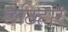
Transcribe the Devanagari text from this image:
छठिहार